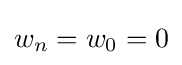
w_{n}=w_{0}=0